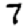
Digit: 7